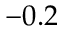
- 0 . 2